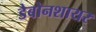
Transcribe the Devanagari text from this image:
डेबोनशायर